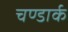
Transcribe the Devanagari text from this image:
चण्डार्क